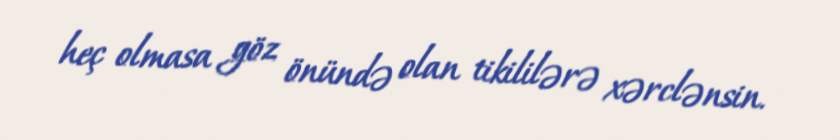
heç olmasa göz önündə olan tikililərə xərclənsin.